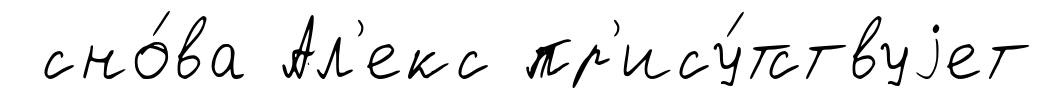
сно́ва Ал'екс пр'ису́тствуjет